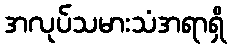
အလုပ်သမားသံအရာရှိ